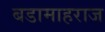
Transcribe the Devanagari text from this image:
बडामाहराज